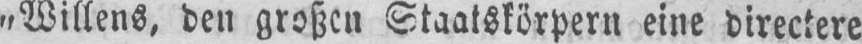
„Willens, den großen Staatskörpern eine directere